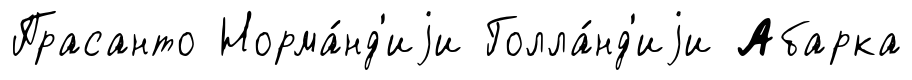
Прасанто Норма́нд'иjи Голла́нд'иjи Абарка